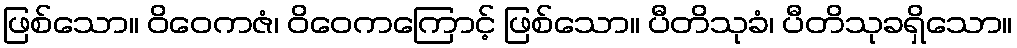
ဖြစ်သော။ ဝိဝေကဇံ၊ ဝိဝေကကြောင့် ဖြစ်သော။ ပီတိသုခံ၊ ပီတိသုခရှိသော။